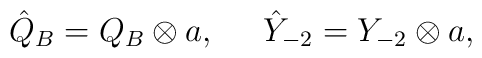
\hat{Q}_B=Q_B\otimes a,\;\;\;\;\;\hat{Y}_{-2}=Y_{-2}\otimes a,